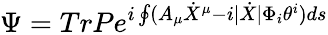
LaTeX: \Psi=TrPe^{i\oint(A_{\mu}\dot{X}^{\mu}-i|\dot{X}|\Phi_{i}\theta^{i})ds}